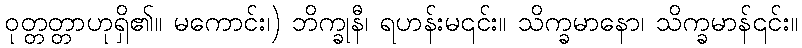
ဝုတ္တတ္တာဟုရှိ၏။ မကောင်း၊) ဘိက္ခုနီ၊ ရဟန်းမ၎င်း။ သိက္ခမာနော၊ သိက္ခမာန်၎င်း။